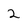
Character: 2